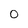
Character: 0